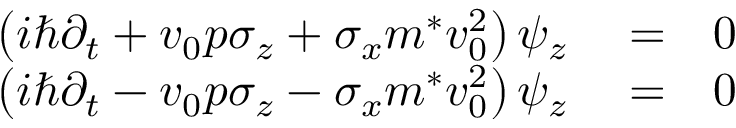
\begin{array} { r l r } { \left( i \hbar \partial _ { t } + v _ { 0 } p \sigma _ { z } + \sigma _ { x } m ^ { * } v _ { 0 } ^ { 2 } \right) \psi _ { z } } & { { } = } & { 0 } \\ { \left( i \hbar \partial _ { t } - v _ { 0 } p \sigma _ { z } - \sigma _ { x } m ^ { * } v _ { 0 } ^ { 2 } \right) \psi _ { z } } & { { } = } & { 0 } \end{array}